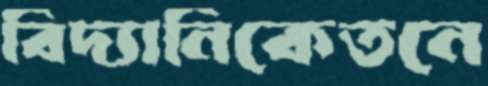
বিদ্যানিকেতনে